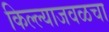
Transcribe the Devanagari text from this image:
किल्ल्याजवळचा